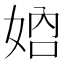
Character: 𡜴